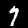
Digit: 7